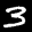
Label: 3